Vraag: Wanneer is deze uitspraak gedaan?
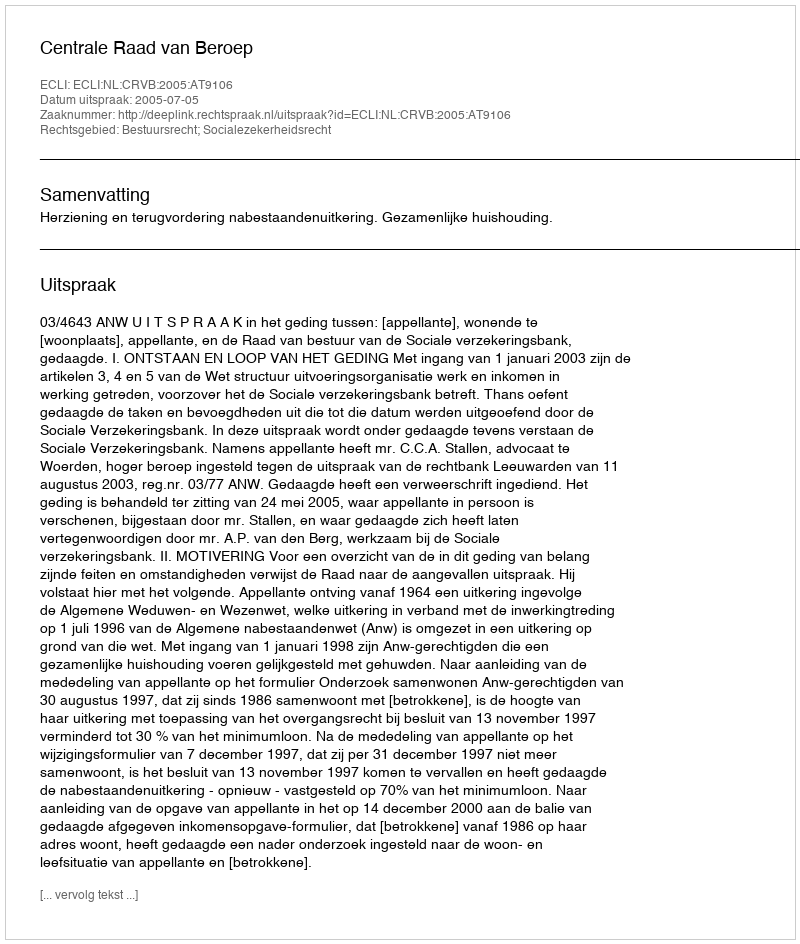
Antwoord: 2005-07-05